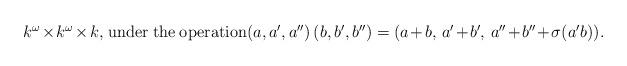
LaTeX: \begin{align*}\begin{minipage}[c]{35pc}$k^\omega\times k^\omega\times k,$ under the operation$(a,a',a'')\,(b,b',b'')=(a+b,\,a'+b',\,a''+b''+\sigma(a' b)).$\end{minipage}\end{align*}